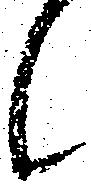
候